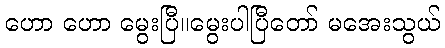
ဟော ဟော မွေးပြီ။မွေးပါပြီတော် မအေးသွယ်